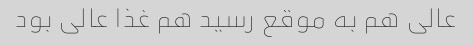
عالی هم به موقع رسید هم غذا عالی بود